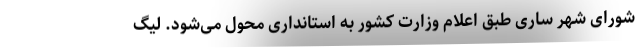
شورای شهر ساری طبق اعلام وزارت کشور به استانداری محول می‌شود. لیگ